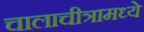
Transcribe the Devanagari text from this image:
चालाचीत्रामध्ये